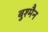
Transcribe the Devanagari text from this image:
बुश्मैन